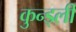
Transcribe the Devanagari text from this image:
कुन्ड्ली